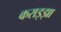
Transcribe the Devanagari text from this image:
कराइझा